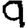
Digit: 9